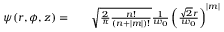
\begin{array} { r l r } { \psi ( r , \phi , z ) = } & { { } } & { \sqrt { \frac { 2 } { \pi } \frac { n ! } { ( n + | m | ) ! } } \frac { 1 } { w _ { 0 } } \left( \frac { \sqrt { 2 } r } { w _ { 0 } } \right) ^ { | m | } } \end{array}